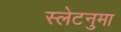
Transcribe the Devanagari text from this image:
स्लेटनुमा